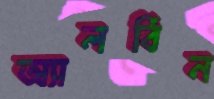
অ্যালবিন